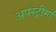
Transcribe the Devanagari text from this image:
अपस्ट्रीमों